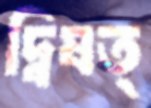
দ্বিষত্